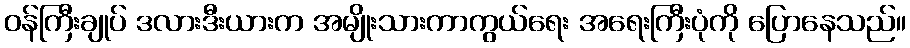
ဝန်ကြီးချုပ် ဒလားဒီးယားက အမျိုးသားကာကွယ်ရေး အရေးကြီးပုံကို ပြောနေသည်။